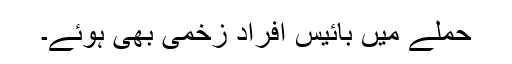
حملے میں بائیس افراد زخمی بھی ہوئے۔